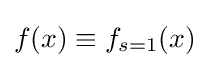
f(x)\equiv f_{s=1}(x)